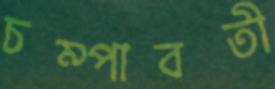
চম্পাবতী